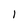
Character: I